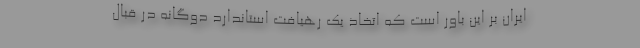
ایران بر این باور است که اتخاذ یک رهیافت استاندارد دوگانه در قبال